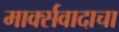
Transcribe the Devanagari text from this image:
मार्क्‍सवादाचा